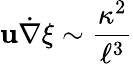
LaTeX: {\mathbf u}\dot{\nabla}\xi\sim{\frac{\kappa^{2}}{\ell^{3}}}